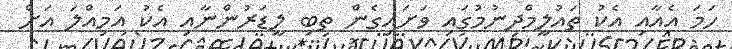
ހަމަ އެއާއި އެކު ތައުލީމްދިނުމުގައި ވަށައިގެން ތިބި ލީޑަރުންނާއި އެކު އަމިއްލަ އަށް